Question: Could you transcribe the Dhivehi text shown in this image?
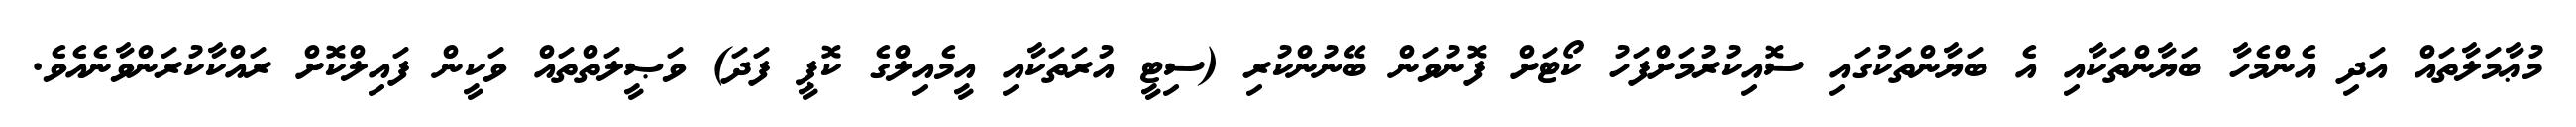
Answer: މުޢާމަލާތައް އަދި އެންމެހާ ބަޔާންތަކާއި އެ ބަޔާންތަކުގައި ސޮއިކުރުމަށްފަހު ކޯޓަށް ފޮނުވަން ބޭނުންކުރި (ސިޓީ އުރަތަކާއި އީމެއިލްގެ ކޮޕީ ފަދަ) ވަޞީލަތްތައް ވަކީން ފައިލްކޮށް ރައްކާކުރަންވާނެއެވެ.